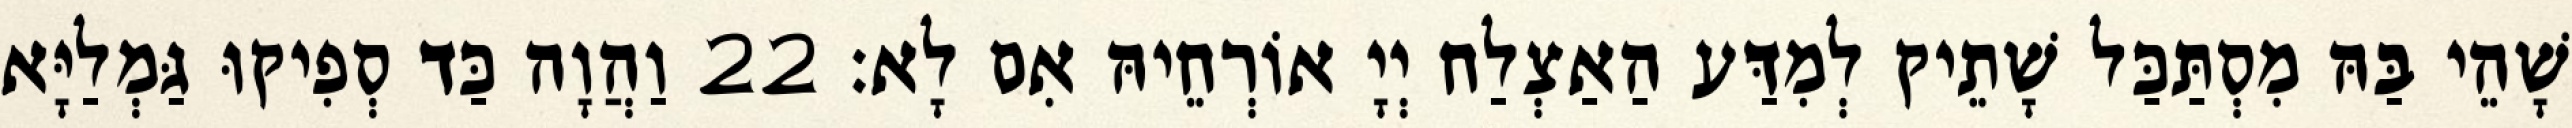
שָׁהֵי בַּהּ מִסְתַּכַּל שָׁתֵיק לְמִדַּע הַאַצְלַח יְיָ אוֹרְחֵיהּ אִם לָא׃ 22 וַהֲוָה כַּד סְפִיקוּ גַּמְלַיָּא